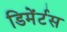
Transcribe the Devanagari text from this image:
डिमेंर्टस